Plague in India, 1896, 1897 - Volume 2
Year: 1896
Disease focus: Plague
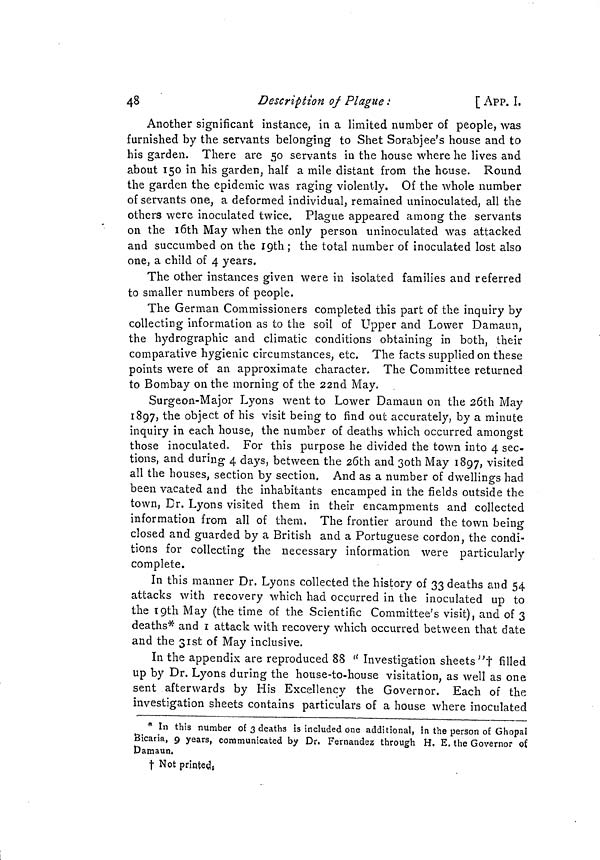
4 8
Description of Plague ¡
[ APP. I.
Another significant instance, in a limited number of people, was
furnished by the servants belonging to Shet Sorabjee's house and to
his garden. There are 50 servants in the house where he lives and
about 150 in his garden, half a mile distant from the house. Round
the garden the epidemic was raging violently. Of the whole number
of servants one, a deformed individual, remained uninoculated, all the
others were inoculated twice. Plague appeared among the servants
on the 16th May when the only person uninoculated was attacked
and succumbed on the 19th ; the total number of inoculated lost also
one, a child of 4 years.
The other instances given were in isolated families and referred
to smaller numbers of people.
The German Commissioners completed this part of the inquiry by
collecting information as to the soil of Upper and Lower Damaun,
the hydrographie and climatic conditions obtaining in both, their
comparative hygienic circumstances, etc. The facts supplied on these
points were of an approximate character. The Committee returned
to Bombay on the morning of the 22nd May.
Surgeon-Major Lyons went to Lower Damaun on the 26th May
1897, the object of his visit being to find out accurately, by a minute
inquiry in each house, the number of deaths which occurred amongst
those inoculated. For this purpose he divided the town into 4 sec-
tions, and during 4 days, between the 26th and 30th May 1897, visited
all the houses, section by section. And as a number of dwellings had
been vacated and the inhabitants encamped in the fields outside the
town, Dr. Lyons visited them in their encampments and collected
information from all of them. The frontier around the town being
closed and guarded by a British and a Portuguese cordon, the condi-
tions for collecting the necessary information were particularly
complete.
In this manner Dr. Lyons collected the history of 33 deaths and 54
attacks with recovery which had occurred in the inoculated up to
the 19th May (the time of the Scientific Committee's visit), and of 3
deaths* and I attack with recovery which occurred between that date
and the 31st of May inclusive.
In the appendix are reproduced 88 "Investigation sheets"t filled
up by Dr. Lyons during the house-to-house visitation, as well as one
sent afterwards by His Excellency the Governor. Each of the
investigation sheets contains particulars of a house where inoculated
* In this number of 3 deaths is included one additional, in the person of Ghopal
Bicaria, 9 years, communicated by Dr. Fernandez through H. E. the Governor of
Damaun.
t Not printeds